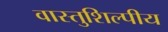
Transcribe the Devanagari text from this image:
वास्‍तुशिल्‍पीय